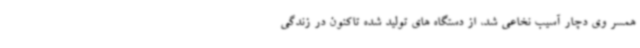
همسر وی دچار آسیب نخاعی شد، از دستگاه های تولید شده تاکنون در زندگی